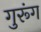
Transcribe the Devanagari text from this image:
गुरूंग